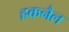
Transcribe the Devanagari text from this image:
हकनैल